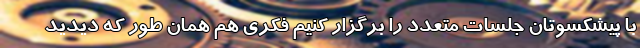
با پیشکسوتان جلسات متعدد را برگزار کنیم فکری هم همان طور که دیدید